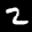
Label: 2